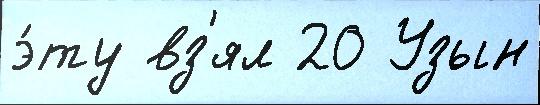
э́ту вз'ял 20 Узын